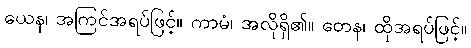
ယေန၊ အကြင်အရပ်ဖြင့်။ ကာမံ၊ အလိုရှိ၏။ တေန၊ ထိုအရပ်ဖြင့်။